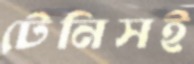
টেনিসই